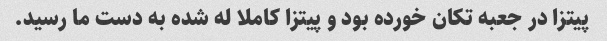
پیتزا در جعبه تکان خورده بود و پیتزا کاملا له شده به دست ما رسید.